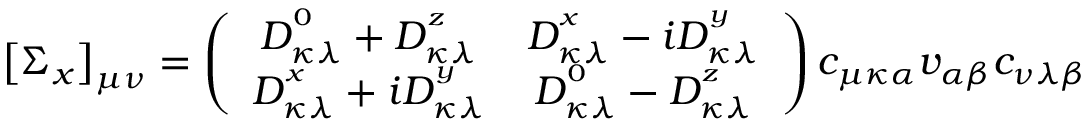
\left[ \Sigma _ { x } \right] _ { \mu \nu } = \left( \begin{array} { c c } { D _ { \kappa \lambda } ^ { ^ 0 } + D _ { \kappa \lambda } ^ { ^ z } } & { D _ { \kappa \lambda } ^ { ^ x } - i D _ { \kappa \lambda } ^ { ^ y } } \\ { D _ { \kappa \lambda } ^ { ^ x } + i D _ { \kappa \lambda } ^ { ^ y } } & { D _ { \kappa \lambda } ^ { ^ 0 } - D _ { \kappa \lambda } ^ { ^ z } } \end{array} \right) c _ { \mu \kappa \alpha } v _ { \alpha \beta } c _ { \nu \lambda \beta }